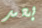
بعد